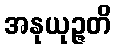
အနုယုဉ္ဇတိ